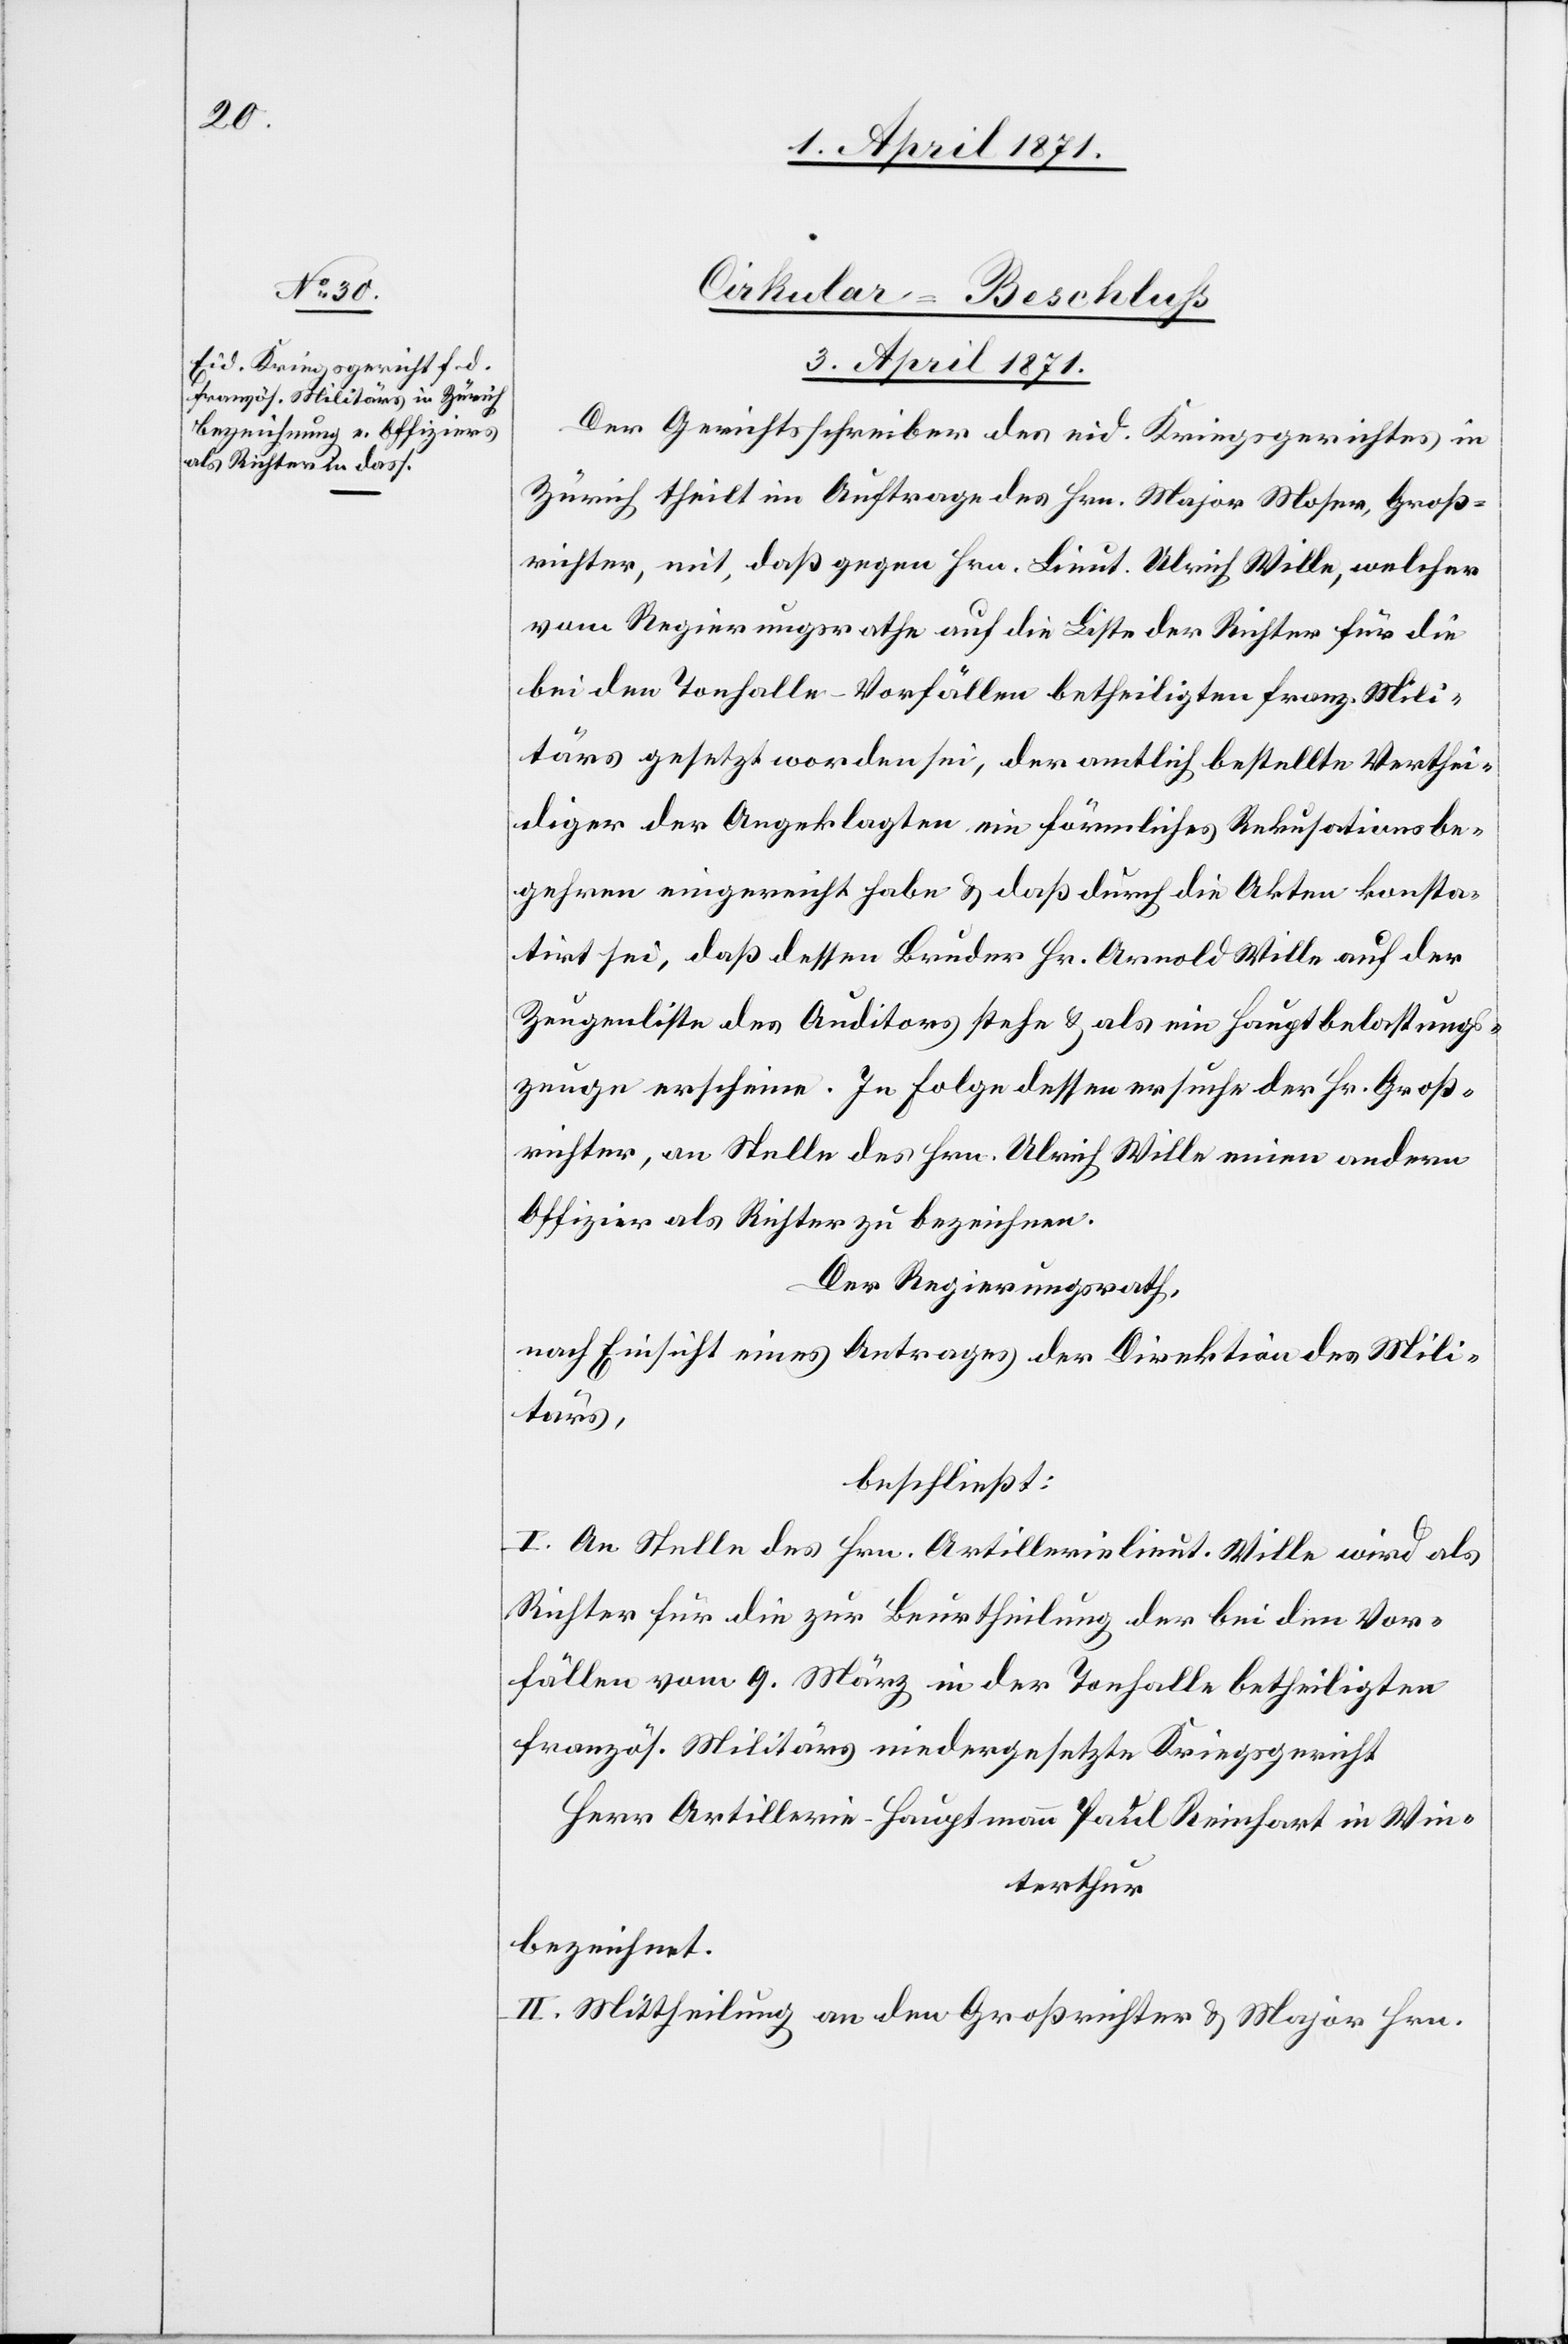
Cirkular-Beschluß
3. April 1871.
Der Gerichtsschreiber des eid. Kriegsgerichtes in
Zürich theilt im Auftrage des Hrn. Major Moser, Groß¬
richter, mit, daß gegen Hrn. Lieut. Ulrich Wille, welcher
vom Regierungsrathe auf die Liste der Richter für die
bei den Tonhalle-Vorfällen betheiligten franz. Mili¬
tärs gesetzt worden sei, der amtlich bestellte Verthei¬
diger der Angeklagten ein förmliches Rekusationsbe¬
gehren eingereicht habe u. daß durch die Akten konsta¬
tirt sei, daß dessen Bruder Hr. Arnold Wille auf der
Zeugenliste des Auditors stehe u. als ein Hauptbelastungs¬
zeuge erscheine. In Folge dessen ersuche der Hr. Groß¬
richter, an Stelle des Hrn. Ulrich Wille einen andern
Offizier als Richter zu bezeichnen.
Der Regierungsrath,
nach Einsicht eines Antrages der Direktion des Mili¬
tärs,
beschließt:
I. An Stelle des Hrn. Artillerielieut. Wille wird als
Richter für die zur Beurtheilung der bei den Vor¬
fällen vom 9. März in der Tonhalle betheiligten
französ. Militärs niedergesetzte Kriegsgericht
Herr Artillerie-Hauptmann Paul Reinhart in Win¬
terthur
bezeichnet.
II. Mittheilung an den Großrichter u. Major Hrn.